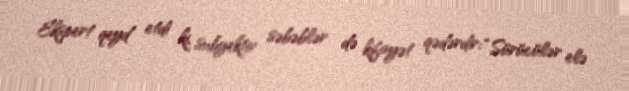
Ekspert qeyd etdi ki, subyektiv səbəblər də kifayət qədərdir: “Sürücülər elə